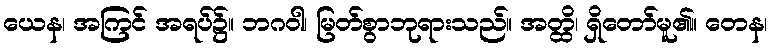
ယေန၊ အကြင် အရပ်၌။ ဘဂဝါ၊ မြတ်စွာဘုရားသည်။ အတ္ထိ၊ ရှိတော်မူ၏။ တေန၊